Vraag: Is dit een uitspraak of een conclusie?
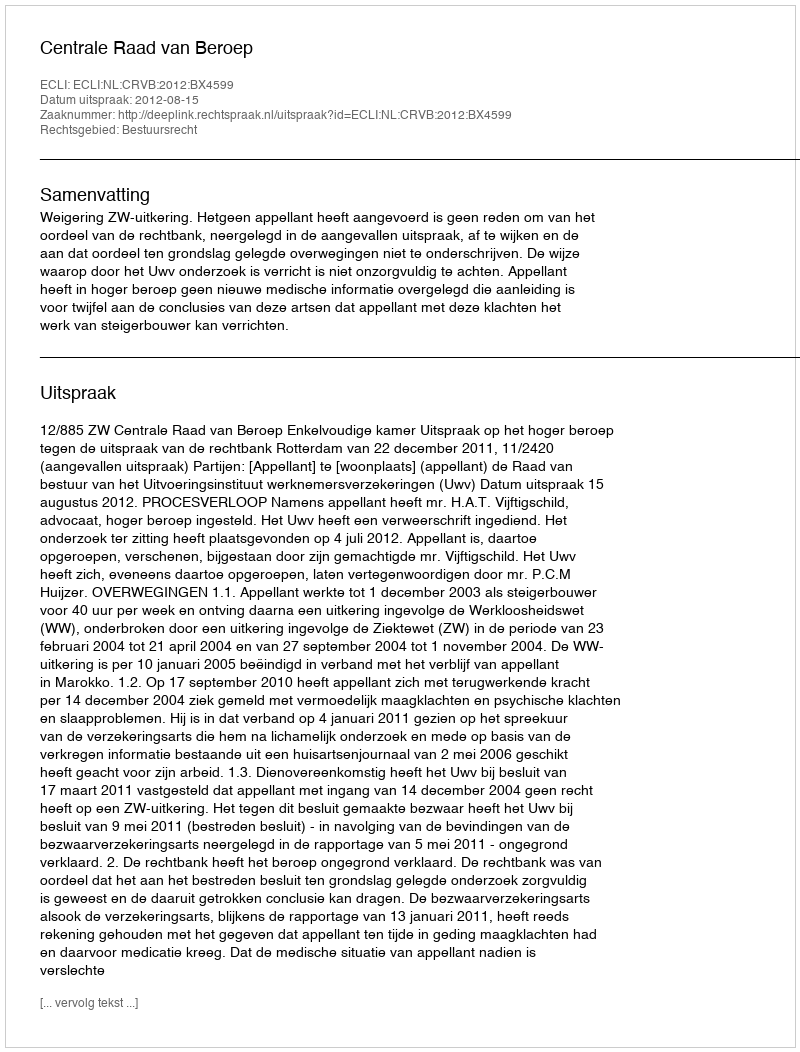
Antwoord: Uitspraak